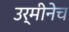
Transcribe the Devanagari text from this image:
उर्मीनेच